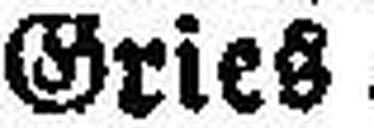
Gries